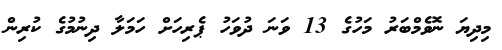
މިދިޔަ ނޮވެމްބަރު މަހުގެ 13 ވަނަ ދުވަހު ޕެރިހަށް ހަމަލާ ދިނުމުގެ ކުރިން